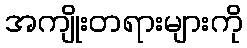
အကျိုးတရားများကို